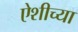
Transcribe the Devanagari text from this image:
ऐशीच्या